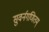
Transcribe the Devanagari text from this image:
सुवर्नगणितम्